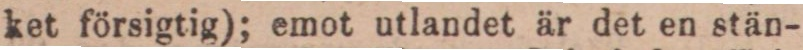
ket försigtig); emot utlandet är det en stän-